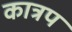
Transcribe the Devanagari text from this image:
कात्रप